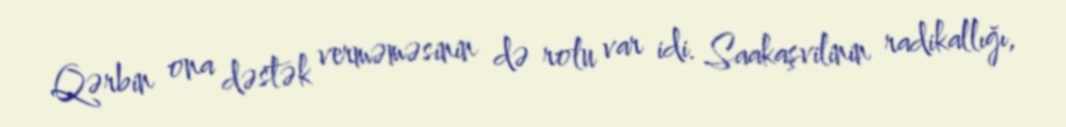
Qərbin ona dəstək verməməsinin də rolu var idi. Saakaşvilinin radikallığı,